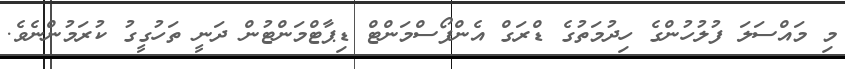
މި މައްސަލަ ފުލުހުންގެ ހިދުމަތުގެ ޑްރަގް އެންފޯސްމަންޓް ޑިޕާޓްމަންޓުން ދަނީ ތަހުގީގު ކުރަމުންނެވެ.